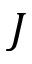
J